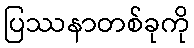
ပြဿနာတစ်ခုကို